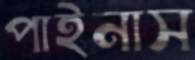
পাইনাস